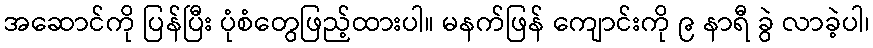
အဆောင်ကို ပြန်ပြီး ပုံစံတွေဖြည့်ထားပါ။ မနက်ဖြန် ကျောင်းကို ၉ နာရီ ခွဲ လာခဲ့ပါ၊